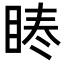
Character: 𭾳